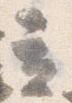
立